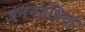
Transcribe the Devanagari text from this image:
जननग्रंथियां